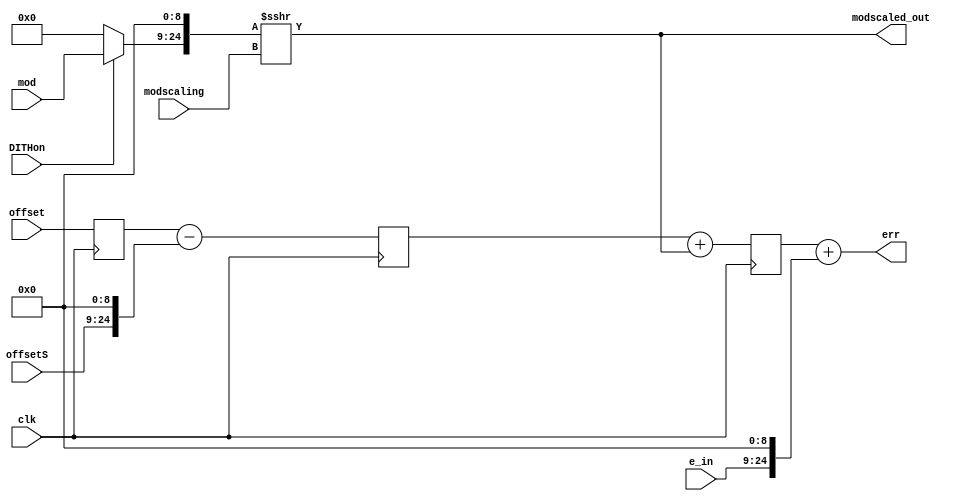
`timescale 1ns / 1ps // <simulation time step> / <simulation time step precision>
//////////////////////////////////////////////////////////////////////////////////
// Module to bit-shift and add a modulation and offsets to a servo error signal.
//
// Daniel Schussheim and Kurt Gibble
//////////////////////////////////////////////////////////////////////////////////

module ErrorScaleShift#(
    parameter N_B = 16, 
    parameter N_P = 9, 
    parameter N_err_sh = N_P, 
    parameter SIGNAL_SIZE = 25
)(
    input wire clk,
    input wire signed [N_B-1:0] e_in,           // Input error signal
    input wire signed [N_B-1:0] offsetS,        // Static offset
    input wire signed [N_B-1:0] mod,            // Modulation
    input wire signed [N_B-1:0] modscaling,     // Modulation right bit-shift
    input wire signed [SIGNAL_SIZE-1:0] offset, // Dynamic offset from dither integrator
    input wire DITHon,                          // Logical signal to turn on dither
    output wire signed [SIGNAL_SIZE-1:0] modscaled_out,
    output wire signed [SIGNAL_SIZE-1:0] err);  // Error signal output
    
wire signed [N_B-1:0] mod_on; // Modulation outputs
wire signed [SIGNAL_SIZE-1:0] modscaled; // Scaled and shifted modulation, and filtered modulation
// Scale modulation
assign mod_on = (DITHon)? mod : 16'd0;
assign modscaled = (mod_on <<< N_P) >>> modscaling;
assign modscaled_out = modscaled;
reg signed [SIGNAL_SIZE-1:0] err_reg_0, err_reg_1, err_reg_2, err_reg_3;
always @(posedge clk) begin
    err_reg_2 <= offset;
    err_reg_1 <= err_reg_2 - (offsetS <<< N_P);
    err_reg_0 <= err_reg_1 + modscaled;
end

assign err = err_reg_0 + (e_in <<< N_err_sh);
 
endmodule